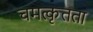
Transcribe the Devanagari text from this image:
चमत्कृतता